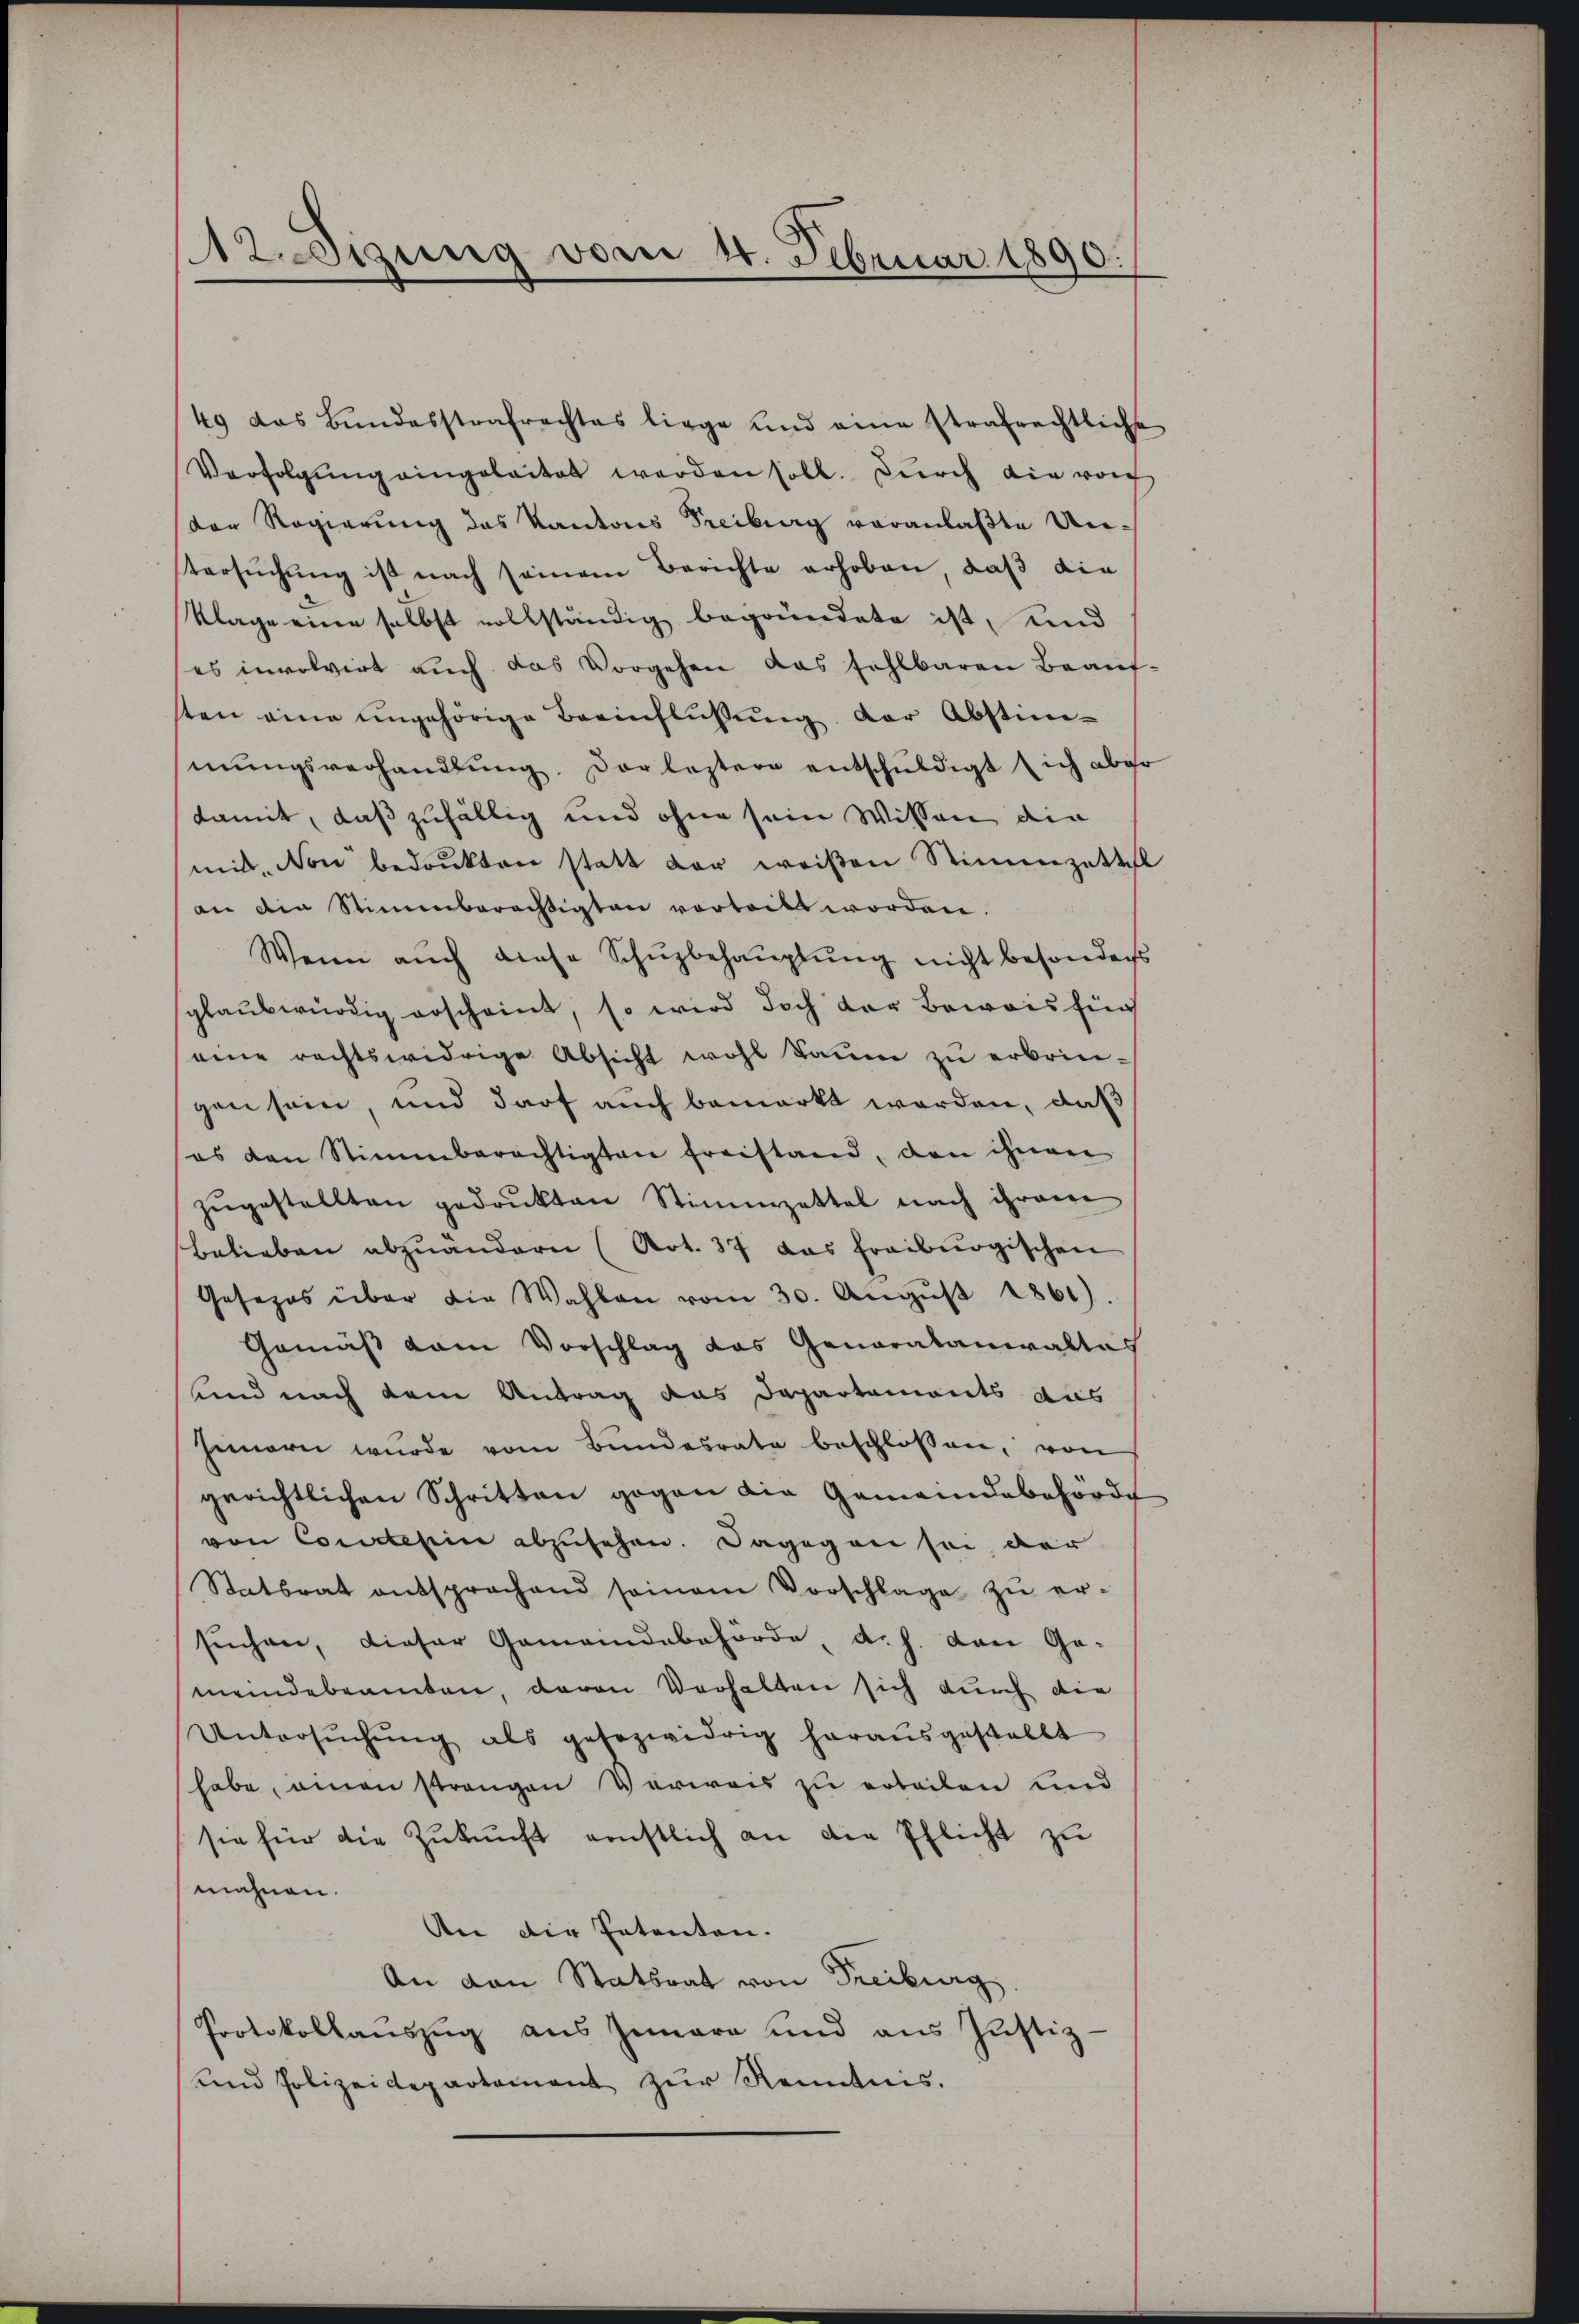
Asigung vom 4. Februar 1890.

49 das Bundesstrafrechtes liege und eine strafrechtliche
Verfolgŭng eingeleitet werden soll. Durch die vorg
der Regierung des Kantons Freiburg veranlaßte Untersŭchŭng ist nach seinem Berichte erhoben, daβ die
Klage eine selbst vollständig begründete ist, und
es involvirt auch das Vorgehen das fehlbaren Beaufsten eine ungehörige Beeinflußung der Abstimmŭngsverhandlŭng der leztere entschŭldigt sich aber
damit, daß zufällig und ohne sein Wissen die
mit. Von bedankten statt der weißen Stimmzettel
an die Stimmberechtigten vorteilt worden.
Wenn auch diese Schŭzbehauptung nicht besonders
glaubwürdig erscheint, so wird doch der Beweis für
eine rechtswidrige Absicht wohl kaum zu erbringen sein, und darf auch bemerkt worden, daß
es den Stimmberächtigten freistand, den ihnen
zŭgestellten gedrukten Stimmzettel nach ihrem
Belieben abzuändern (Not. 37 das freiburgischen
Gesezes über die Wahlen vom 30. Aŭgŭst 1861)
Gemäß dem Vorschlag das Generalaniraltas
unnd nach dem Antrag das Departements aus
Innern wurde vom Bŭndesrate beschlossen, von
gerichtlichen Schritten gegen die Gemeindebehörde
von Conclesiin abzusehen. Dagegen sei, der
Statsrat entsprachend seinem Vorschlage zŭ er-
suchen, dieser Gemeindebehörde d. h. den Ge-
meindebeamten, davon Verhalten sich durch die
Untersŭchŭng als gesezwidrig herausgestellt
habe, einen strangen Verweis zu erteilen und
sie für die Zukunft ernstlich an die Pflicht zu
mahnen.
An die Patenten.
An van Statsrat von Freiburg
Protokollauszug aus Innere und ans Justiz-
und Polizeidepartement zur Kenntnis.